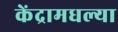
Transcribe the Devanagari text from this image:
केंद्रामधल्या